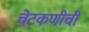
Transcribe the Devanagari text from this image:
चेटकणीची